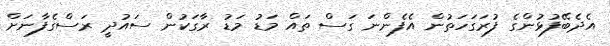
އެދެބޭފުޅުންގެ ފުރަގަހަތުން އެފެންނަ ގަސް ތައް މަޑު މަޑު ރާގަކުން ސައުދީ ރަސްގެފާނަށް